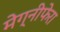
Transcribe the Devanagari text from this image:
मेग्‍नीफेरा